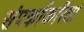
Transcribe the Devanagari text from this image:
संपर्काकरिता